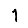
Digit: 1